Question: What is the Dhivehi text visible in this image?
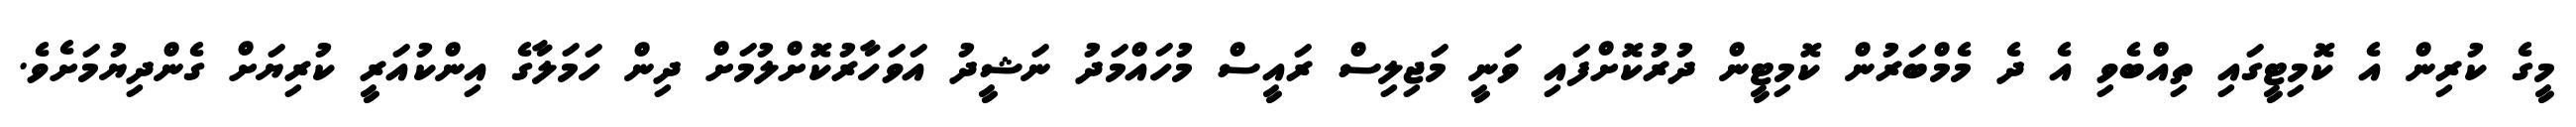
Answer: މީގެ ކުރިން އެ ކޮމިޓީގައި ތިއްބެވި އެ ދެ މެމްބަރުން ކޮމިޓީން ދުރުކޮށްފައި ވަނީ މަޖިލިސް ރައީސް މުހައްމަދު ނަޝީދު އަވަހާރުކޮށްލުމަށް ދިން ހަމަލާގެ އިންކުއަރީ ކުރިޔަށް ގެންދިޔުމަށެވެ.